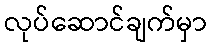
လုပ်ဆောင်ချက်မှာ